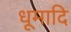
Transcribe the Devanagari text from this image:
धूमादि